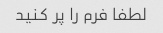
لطفا فرم را پر کنید